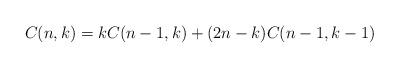
LaTeX: \begin{align*}C(n,k)=kC(n-1,k)+(2n-k)C(n-1,k-1)\end{align*}